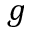
\boldsymbol { g }